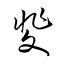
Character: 斐